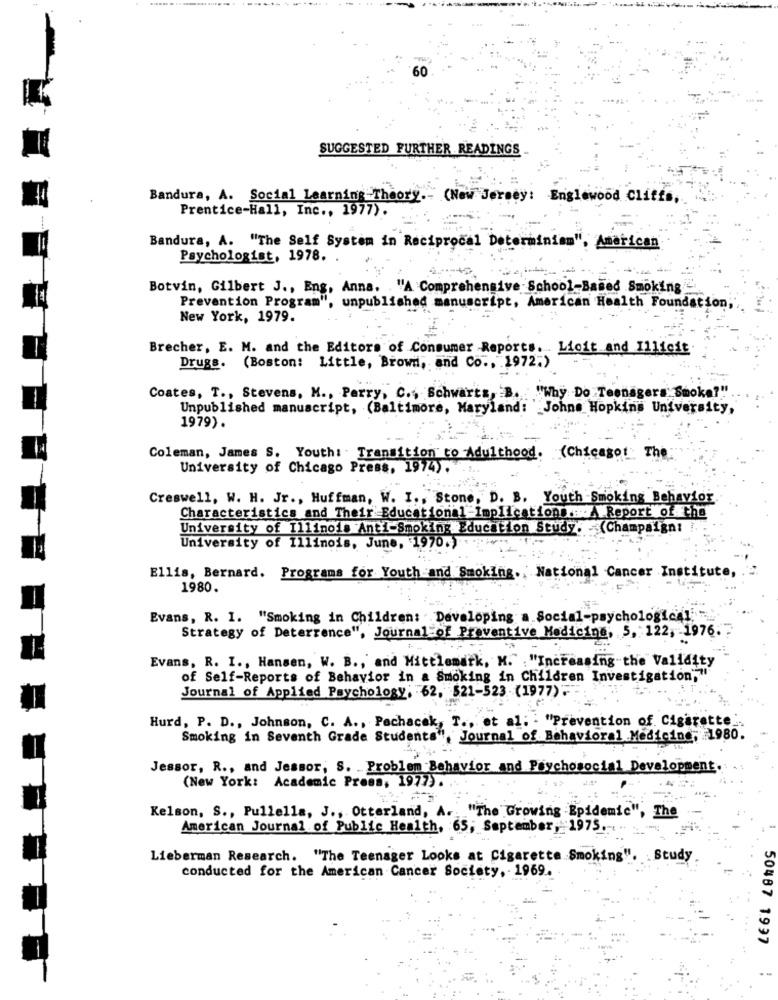
60
SUGGESTED FURTHER READINGS
Bandura, A. Social Learning Theory.
(New Jersey: Englewood Cliffs,
Prentice-Hall, Inc ., 1977).
Bandura, A. "The Self System in Reciprocal Determinism", American
Psychologist, 1978.
Botvin, Gilbert J ., Eng, Anna. "A Comprehensive School-Based Smoking
Prevention Program", unpublished manuscript, American Health Foundation;
New York, 1979.
Brecher, E. M. and the Editors of Consumer Reports. Lioit and Illicit
Drugs. (Boston: Little, Brown, and Co ., 1972.)
Coates, T ., Stevens, M ., Parry, C .,, Schwarts, B. "Why Do Teenagers Smoke?"
Unpublished manuscript, (Baltimore, Maryland: Johns Hopkins University,
1979) .
Coleman, James S. Youth: Transition to Adulthood. (Chicagot The
University of Chicago Press, 1974).
Creswell, W. H. Jr ., Huffman, W. I ., Stone, D. B. Youth Smoking Behavior
Characteristics and Their Educational-Implication .: A Report of the
University of Illinois Anti-Smokin: Education Study.
(Champaign! !
University of Illinois, June, 1970.)
Ellis, Bernard. Programs for Youth and Smoking. National Cancer Institute,
1980.
Evans, R. I. "Smoking in Children: Developing a Social-psychological
Strategy of Deterrence", Journal of Preventive Medicine, 5, 122, 1976.
Evans, R. I ., Hansen, W. B ., and Mittlemark, M. "Increasing the Validity
of Self-Reports of Behavior in a Smoking in Children Investigation,"
Journal of Applied Psychology, 62, 521-523 (1977);
Hurd, P. D ., Johnson, C. A ., Pachacek, T ., et al; . "Prevention of Cigarette
Smoking in Seventh Grade Students", Journal of Behavioral Medicine, 1980.
Jessor, R ., and Jessor, S. Problem Behavior and Psychosocial Development.
(New York: Academic Press, 1977).
Kelson, S ., Pullella, J ., Otterland, A .. "The Growing -Epidemic", The
American Journal of Public Health, 65; September, 1975 .-
Lieberman Research. "The Teenager Looks at Cigarette Smoking". . Study
conducted for the American Cancer Society, . 1969.
50487 1997